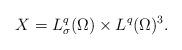
LaTeX: \begin{align*}X= L_{\sigma}^q(\Omega) \times L^q(\Omega)^3.\end{align*}